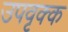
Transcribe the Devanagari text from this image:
उपवृक्क